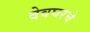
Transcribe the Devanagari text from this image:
देवघरचे